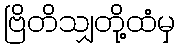
ဗြိတိသျှတို့ထံမှ